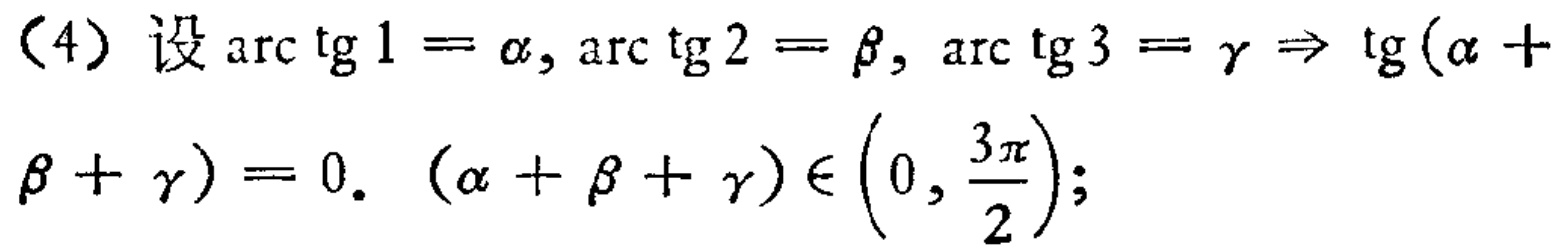
（4）设\(\arctan 1 = \alpha, \arctan 2 = \beta, \arctan 3 = \gamma \Rightarrow \tan(\alpha + \beta + \gamma) = 0. \ (\alpha + \beta + \gamma)\in\left(0, \frac{3\pi}{2}\right);\)